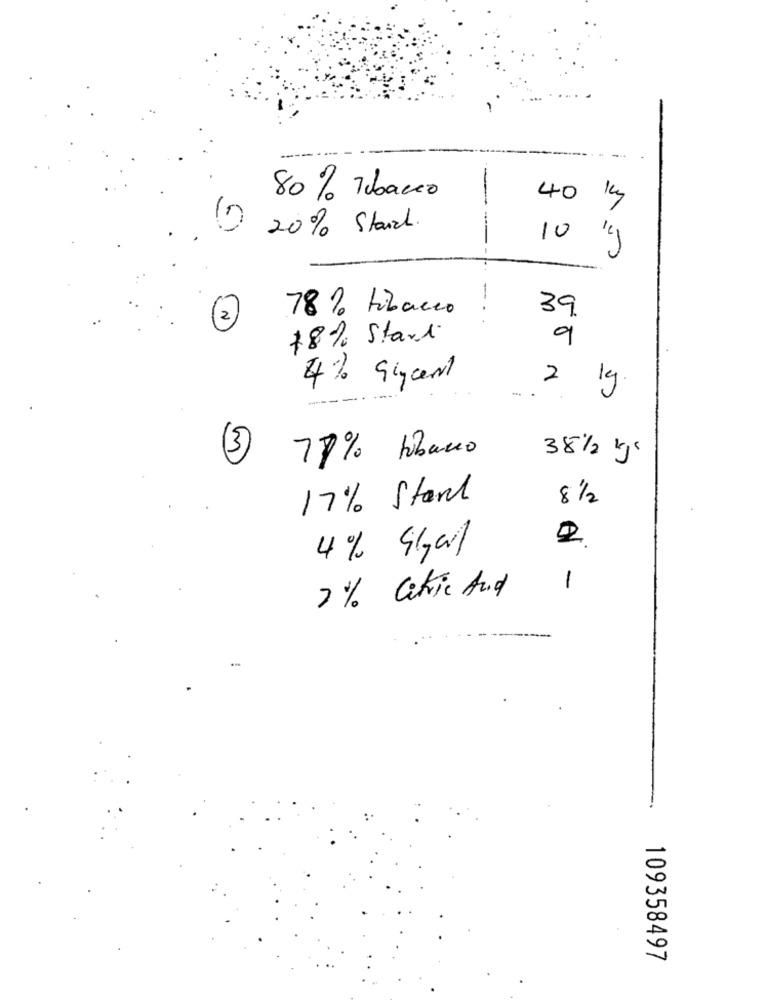
80% Tobacco
40 kg
20% Starch.
10 kg
-
78% tobacco
39
2)
..
9
18% Stard
4% Giycent
2 kg
3
77% tobacco
38% kg
17% Start
8 1/2
2
4% Glyal
1
7% Cekic And
109358497